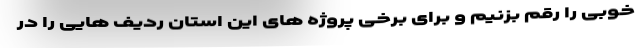
خوبی را رقم بزنیم و برای برخی پروژه های این استان ردیف هایی را در